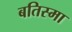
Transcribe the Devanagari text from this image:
बतिस्मा